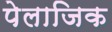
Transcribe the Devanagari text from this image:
पेलाजिक